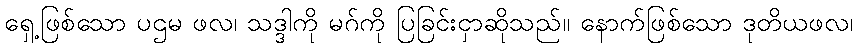
ရှေ့ဖြစ်သော ပဌမ ဖလ၊ သဒ္ဒါကို မဂ်ကို ပြခြင်းငှာဆိုသည်။ နောက်ဖြစ်သော ဒုတိယဖလ၊